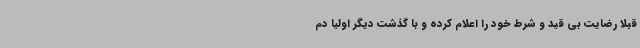
قبلا رضایت بی قید و شرط خود را اعلام کرده و با گذشت دیگر اولیا دم